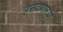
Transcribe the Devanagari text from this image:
हसवणाऱ्या